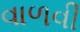
વાળવી